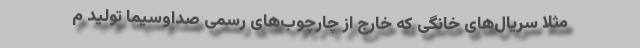
مثلاً سریال‌های خانگی که خارج از چارچوب‌های رسمی صداوسیما تولید م